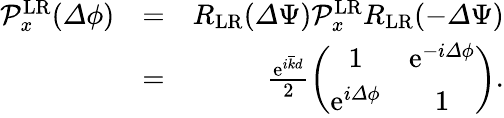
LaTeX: \begin{array}{rlr}{\mathcal{P}_{x}^{\mathrm{LR}}({\mathit\Delta\phi})}&{=}&{R_{\mathrm{LR}}({\mathit\Delta\Psi})\mathcal{P}_{x}^{\mathrm{LR}}R_{\mathrm{LR}}(-{\mathit\Delta\Psi})}\\ &{=}&{\frac{\mathrm{e}^{i\overline{{k}}d}}{2}\left(\begin{array}{cc}{1}&{\mathrm{e}^{-i\mathit\Delta\phi}}\\ {\mathrm{e}^{i\mathit\Delta\phi}}&{1}\end{array}\right).}\end{array}